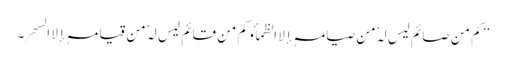
’’ کم من صائم لیس لہٗ من صیامہٖ إلا الظمأ و کم من قائم لیس لہٗ من قیامہٖ إلا السَھر۔